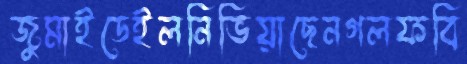
জুমাইডেইলনিভিয়াছেনগলফবি